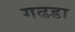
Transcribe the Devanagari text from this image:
गढडा